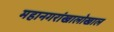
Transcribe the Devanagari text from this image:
महानगरांखालोखाल